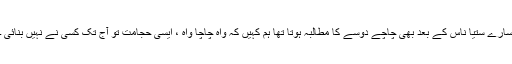
سارے ستیا ناس کے بعد بھی چاچے دوسے کا مطالبہ ہوتا تھا ہم کہیں کہ واہ چاچا واہ ، ایسی حجامت تو آج تک کسی نے نہیں بنائی ۔